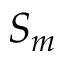
S _ { m }